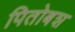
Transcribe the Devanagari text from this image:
पितोबश